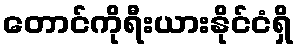
တောင်ကိုရီးယားနိုင်ငံရှိ